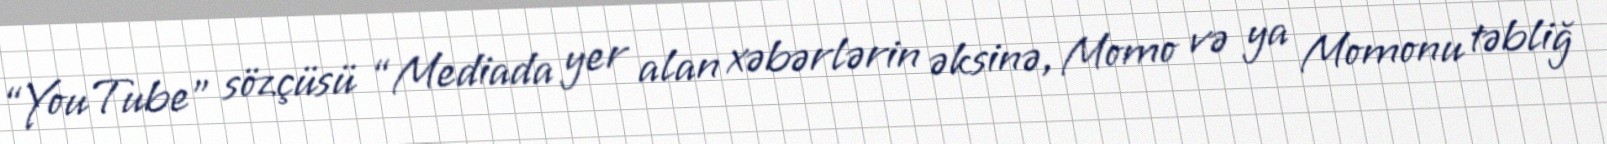
“YouTube” sözçüsü “Mediada yer alan xəbərlərin əksinə, Momo və ya Momonu təbliğ